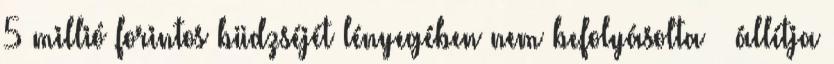
5 millió forintos büdzséjét lényegében nem befolyásolta – állítja